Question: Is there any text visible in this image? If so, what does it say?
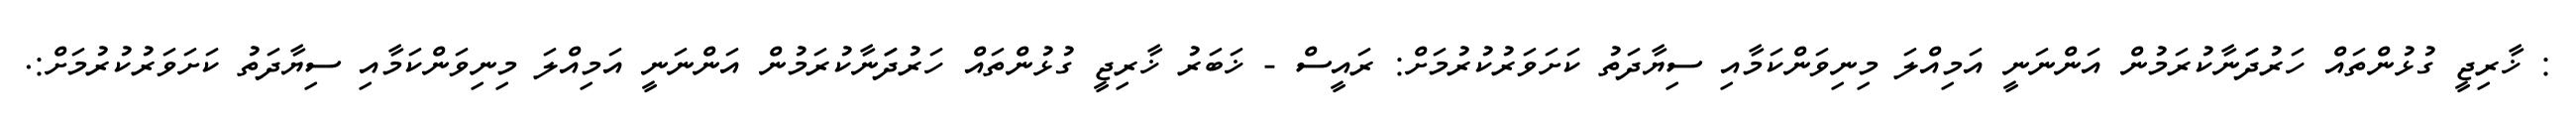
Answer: : ޚާރިޖީ ގުޅުންތައް ހަރުދަަނާކުރަމުން އަންނަނީ އަމިއްލަ މިނިވަންކަމާއި ސިޔާދަތު ކަށަވަރުކުރުމަށް: ރައީސް - ޚަބަރު ޚާރިޖީ ގުޅުންތައް ހަރުދަަނާކުރަމުން އަންނަނީ އަމިއްލަ މިނިވަންކަމާއި ސިޔާދަތު ކަށަވަރުކުރުމަށް:.